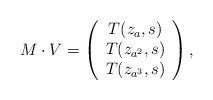
LaTeX: \begin{align*} M\cdot V=\left(\begin{array}{c}T(z_{a},s)\\T(z_{a^2},s)\\T(z_{a^3},s)\end{array}\right),\end{align*}